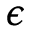
\epsilon